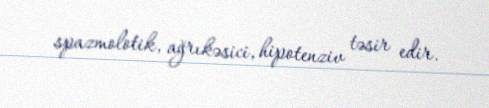
spazmolotik, ağrıkəsici, hipotenziv təsir edir.